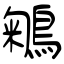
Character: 鵴